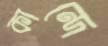
কান্দে